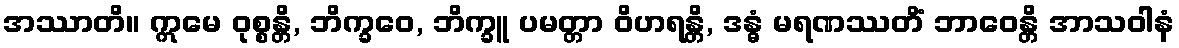
အဿာတိ။ ဣမေ ဝုစ္စန္တိ, ဘိက္ခဝေ, ဘိက္ခူ ပမတ္တာ ဝိဟရန္တိ, ဒန္ဓံ မရဏဿတိံ ဘာဝေန္တိ အာသဝါနံ